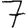
Digit: 7